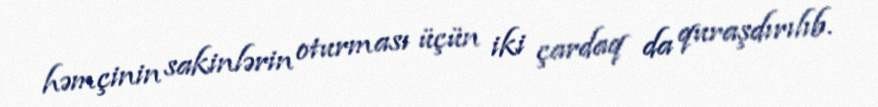
həmçinin sakinlərin oturması üçün iki çardaq da quraşdırılıb.